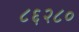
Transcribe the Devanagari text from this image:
८६२८०